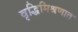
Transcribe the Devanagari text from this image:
वृद्धिमिश्रणात